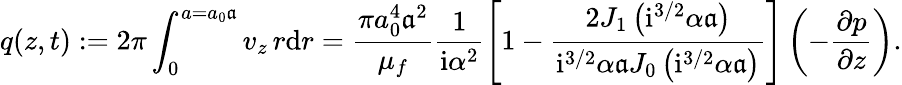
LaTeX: q(z,t):=2\pi\int_{0}^{a=a_{0}\mathfrak{a}}v_{z}\, r\mathrm{d}r=\frac{\pi a_{0}^{4}\mathfrak{a}^{2}}{\mu_{f}}\frac{1}{\mathrm{i}\alpha^{2}}\left[1-\frac{2J_{1}\left(\mathrm{i}^{3/2}{\alpha}\mathfrak{a}\right)}{\mathrm{i}^{3/2}{\alpha}\mathfrak{a}J_{0}\left(\mathrm{i}^{3/2}{\alpha}\mathfrak{a}\right)}\right]\left(-\frac{\partial p}{\partial z}\right).